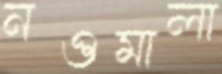
নওমালা